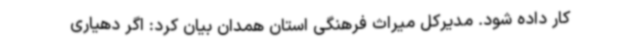
کار داده شود. مدیرکل میراث فرهنگی استان همدان بیان کرد: اگر دهیاری